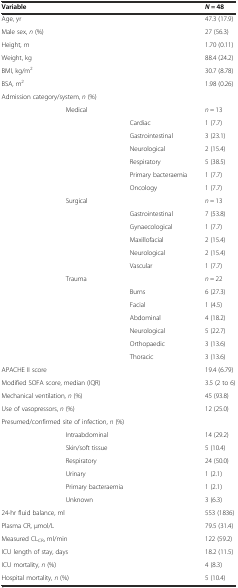
<table><thead><tr><td colspan="3"><b>Variable</b></td><td><b><i>N</i> = 48</b></td></tr></thead><tbody><tr><td colspan="3">Age, yr</td><td>47.3 (17.9)</td></tr><tr><td colspan="3">Male sex, <i>n</i> (%)</td><td>27 (56.3)</td></tr><tr><td colspan="3">Height, m</td><td>1.70 (0.11)</td></tr><tr><td colspan="3">Weight, kg</td><td>88.4 (24.2)</td></tr><tr><td colspan="3">BMI, kg/m<sup>2</sup></td><td>30.7 (8.78)</td></tr><tr><td colspan="3">BSA, m<sup>2</sup></td><td>1.98 (0.26)</td></tr><tr><td colspan="3">Admission category/system, <i>n</i> (%)</td><td></td></tr><tr><td></td><td colspan="2">Medical</td><td><i>n</i> = 13</td></tr><tr><td></td><td></td><td>Cardiac</td><td>1 (7.7)</td></tr><tr><td></td><td></td><td>Gastrointestinal</td><td>3 (23.1)</td></tr><tr><td></td><td></td><td>Neurological</td><td>2 (15.4)</td></tr><tr><td></td><td></td><td>Respiratory</td><td>5 (38.5)</td></tr><tr><td></td><td></td><td>Primary bacteraemia</td><td>1 (7.7)</td></tr><tr><td></td><td></td><td>Oncology</td><td>1 (7.7)</td></tr><tr><td></td><td colspan="2">Surgical</td><td><i>n</i> = 13</td></tr><tr><td></td><td></td><td>Gastrointestinal</td><td>7 (53.8)</td></tr><tr><td></td><td></td><td>Gynaecological</td><td>1 (7.7)</td></tr><tr><td></td><td></td><td>Maxillofacial</td><td>2 (15.4)</td></tr><tr><td></td><td></td><td>Neurological</td><td>2 (15.4)</td></tr><tr><td></td><td></td><td>Vascular</td><td>1 (7.7)</td></tr><tr><td></td><td colspan="2">Trauma</td><td><i>n</i> = 22</td></tr><tr><td></td><td></td><td>Burns</td><td>6 (27.3)</td></tr><tr><td></td><td></td><td>Facial</td><td>1 (4.5)</td></tr><tr><td></td><td></td><td>Abdominal</td><td>4 (18.2)</td></tr><tr><td></td><td></td><td>Neurological</td><td>5 (22.7)</td></tr><tr><td></td><td></td><td>Orthopaedic</td><td>3 (13.6)</td></tr><tr><td></td><td></td><td>Thoracic</td><td>3 (13.6)</td></tr><tr><td colspan="3">APACHE II score</td><td>19.4 (6.79)</td></tr><tr><td colspan="3">Modified SOFA score, median (IQR)</td><td>3.5 (2 to 6)</td></tr><tr><td colspan="3">Mechanical ventilation, <i>n</i> (%)</td><td>45 (93.8)</td></tr><tr><td colspan="3">Use of vasopressors, <i>n</i> (%)</td><td>12 (25.0)</td></tr><tr><td colspan="3">Presumed/confirmed site of infection, <i>n</i> (%)</td><td></td></tr><tr><td></td><td colspan="2">Intraabdominal</td><td>14 (29.2)</td></tr><tr><td></td><td colspan="2">Skin/soft tissue</td><td>5 (10.4)</td></tr><tr><td></td><td colspan="2">Respiratory</td><td>24 (50.0)</td></tr><tr><td></td><td colspan="2">Urinary</td><td>1 (2.1)</td></tr><tr><td></td><td colspan="2">Primary bacteraemia</td><td>1 (2.1)</td></tr><tr><td></td><td colspan="2">Unknown</td><td>3 (6.3)</td></tr><tr><td colspan="3">24-hr fluid balance, ml</td><td>553 (1836)</td></tr><tr><td colspan="3">Plasma CR, μmol/L</td><td>79.5 (31.4)</td></tr><tr><td colspan="3">Measured CL<sub>CR</sub>, ml/min</td><td>122 (59.2)</td></tr><tr><td colspan="3">ICU length of stay, days</td><td>18.2 (11.5)</td></tr><tr><td colspan="3">ICU mortality, <i>n</i> (%)</td><td>4 (8.3)</td></tr><tr><td colspan="3">Hospital mortality, <i>n</i> (%)</td><td>5 (10.4)</td></tr></tbody></table>